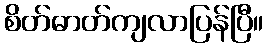
စိတ်ဓာတ်ကျလာပြန်ပြီ။